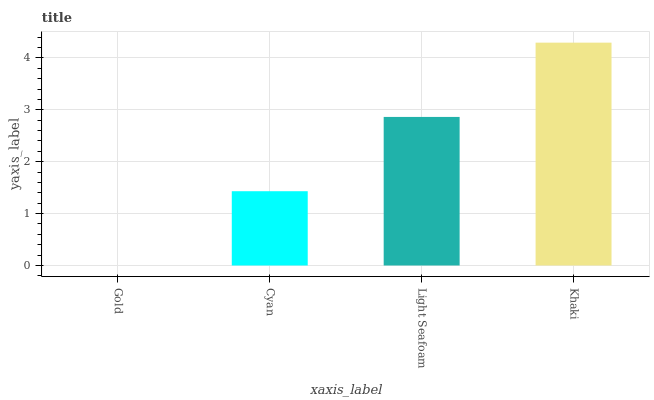
| xaxis_label | bars |
 | --- | --- |
 | Gold | 0 |
 | Cyan | 1.43 |
 | Light Seafoam | 2.86 |
 | Khaki | 4.3 |